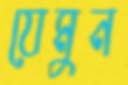
যেমুন